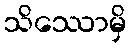
သိဿောမှိ